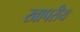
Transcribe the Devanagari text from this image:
खापरीय